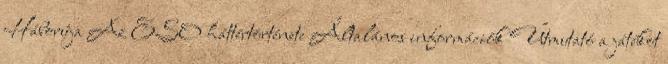
Háborúja Az ESO háttértörténete Általános információk Útmutató a játékot